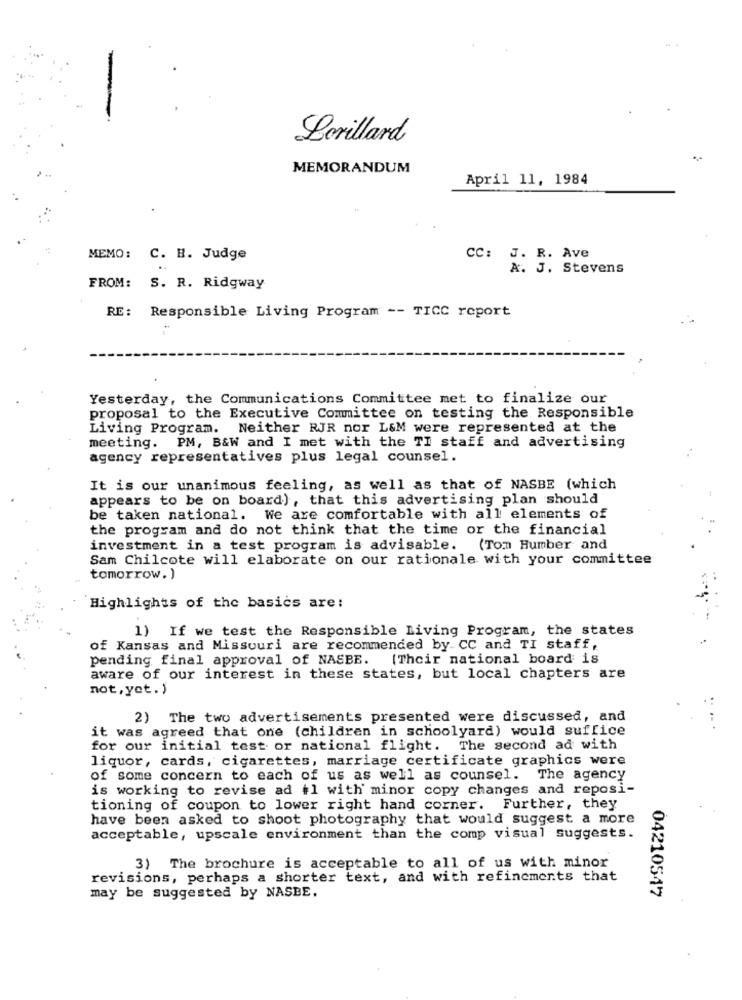
Lorillard
MEMORANDUM
April 11, 1984
MEMO: C. B. Judge
CC: J. R. Ave
A. J. Stevens
FROM: S. R. Ridgway
RE :
Responsible Living Program -- TICC report
Yesterday, the Communications Committee met to finalize our
proposal to the Executive Committee on testing the Responsible
Living Program. Neither RJR nor L&M were represented at the
meeting. PM, B&W and I met with the TI staff and advertising
agency representatives plus legal counsel.
It is our unanimous feeling, as well as that of NASBE (which
appears to be on board) , that this advertising plan should
be taken national. We are comfortable with all elements of
the program and do not think that the time or the financial
investment in a test program is advisable. (Tom Humber and
Sam Chilcote will elaborate on our rationale with your committee
tomorrow.)
Highlights of the basics are:
1) If we test the Responsible Living Program, the states
of Kansas and Missouri are recommended by CC and TI staff,
pending final approval of NASBE. (Their national board is
aware of our interest in these states, but local chapters are
not,yet. )
2) The two advertisements presented were discussed, and
it was agreed that one (children in schoolyard) would suffice
for our initial test or national flight. The second ad with
liquor, cards, cigarettes, marriage certificate graphics were
of some concern to each of us as well as counsel. The agency
is working to revise ad +1 with minor copy changes and reposi-
tioning of coupon to lower right hand corner. Further, they
have been asked to shoot photography that would suggest a more
acceptable, upscale environment than the comp visual suggests.
3) The brochure is acceptable to all of us with minor
revisions, perhaps a shorter text, and with refinements that
04210547
may be suggested by NASBE.